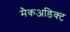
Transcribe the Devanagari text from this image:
मैकअडिक्ट